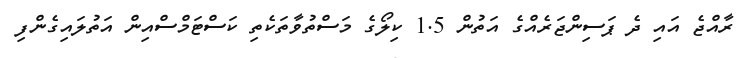
ރާއްޖެ އައި ދެ ޕަސިންޖަރެއްގެ އަތުން 1.5 ކިލޯގެ މަސްތުވާތަކެތި ކަސްޓަމްސްއިން އަތުލައިގެންފި